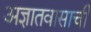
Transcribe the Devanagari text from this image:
अज्ञातवासाची